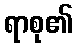
ရာစု၏